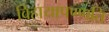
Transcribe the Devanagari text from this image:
विहायापण्णति